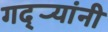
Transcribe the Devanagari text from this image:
गद्र्‍यांनी